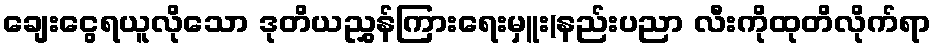
ချေးငွေရယူလိုသော ဒုတိယညွှန်ကြားရေးမှူး(နည်းပညာ လီးကိုထုတိလိုက်ရာ